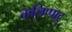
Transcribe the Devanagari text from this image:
कलिप्पाटु